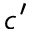
c ^ { \prime }